Civil Veterinary Department Bengal reports 1933-51 - 1933-1951
Year: 1933
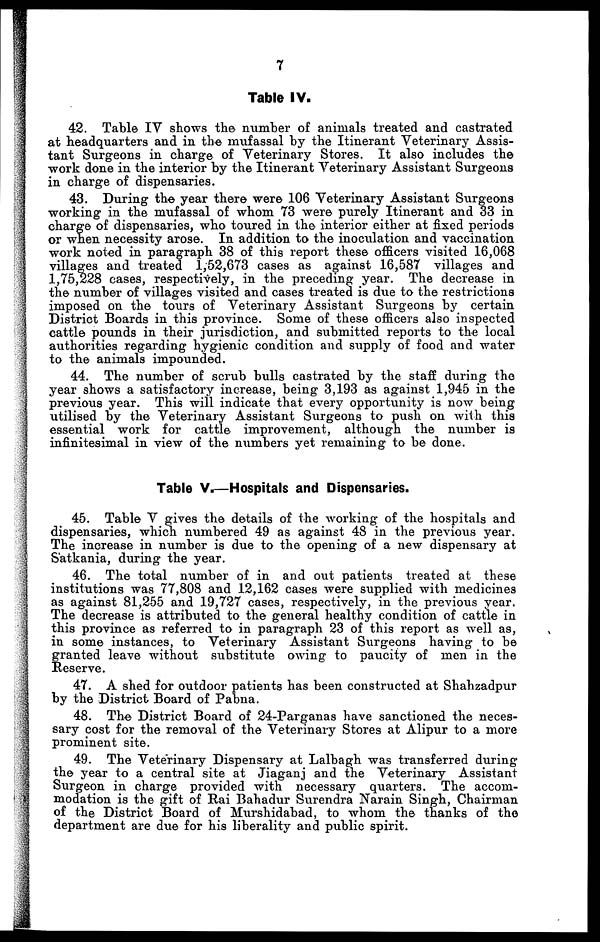
7
Table IV.
42. Table IV shows the number of animals treated and castrated
at headquarters and in the mufassal by the Itinerant Veterinary Assis-
tant Surgeons in charge of Veterinary Stores. It also includes the
work done in the interior by the Itinerant Veterinary Assistant Surgeons
in charge of dispensaries.
43. During the year there were 106 Veterinary Assistant Surgeons
working in the mufassal of whom 73 were purely Itinerant and 33 in
charge of dispensaries, who toured in the interior either at fixed periods
ox when necessity arose. In addition to the inoculation and vaccination
work noted in paragraph 38 of this report these officers visited 16,068
villages and treated 1,52,673 cases as against 16,587 villages and
1,75,228 cases, respectively, in the preceding year. The decrease in
the number of villages visited and cases treated is due to the restrictions
imposed on the tours of Veterinary Assistant Surgeons by certain
District Boards in this province. Some of these officers also inspected
cattle pounds in their jurisdiction, and submitted reports to the local
authorities regarding hygienic condition and supply of food and water
to the animals impounded.
44. The number of scrub bulls castrated by the staff during the
year shows a satisfactory increase, being 3,193 as against 1,945 in the
previous year. This will indicate that every opportunity is now being
utilised by the Veterinary Assistant Surgeons to push on with this
essential work for cattle improvement, although the number is
infinitesimal in view of the numbers yet remaining to be done.
Table V.—Hospitals and Dispensaries.
45. Table V gives the details of the working of the hospitals and
dispensaries, which numbered 49 as against 48 in the previous year.
The increase in number is due to the opening of a new dispensary at
Satkania, during the year.
46. The total number of in and out patients treated at these
institutions was 77,808 and 12,162 cases were supplied with medicines
as against 81,255 and 19,727 cases, respectively, in the previous year.
The decrease is attributed to the general healthy condition of cattle in
this province as referred to in paragraph 23 of this report as well as,
in some instances, to Veterinary Assistant Surgeons having to be
granted leave without substitute owing to paucity of men in the
Reserve.
47. A shed for outdoor patients has been constructed at Shahzadpur
by the District Board of Pabna.
48. The District Board of 24-Parganas have sanctioned the neces-
sary cost for the removal of the Veterinary Stores at Alipur to a more
prominent site.
49. The Veterinary Dispensary at Lalbagh was transferred during
the year to a central site at Jiaganj and the Veterinary Assistant
Surgeon in charge provided with necessary quarters. The accom-
modation is the gift of Rai Bahadur Surendra Narain Singh, Chairman
of the District Board of Murshidabad, to whom the thanks of the
department are due for his liberality and public spirit.